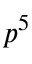
p ^ { 5 }